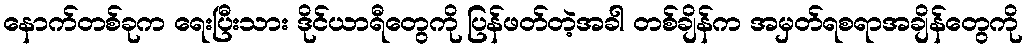
နောက်တစ်ခုက ရေးပြီးသား ဒိုင်ယာရီတွေကို ပြန်ဖတ်တဲ့အခါ တစ်ချိန်က အမှတ်ရစရာအချိန်တွေကို